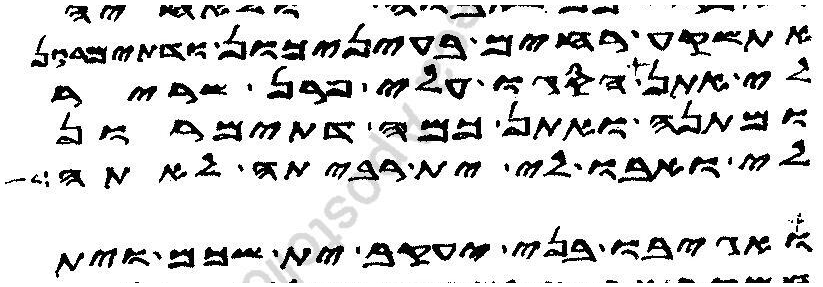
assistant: אתשקע רחים בעיניכון ודתימרון
לי אתן הסגו עלי פרן שריר
ומתנה ואתן כמה דתימרון
לי ואבו לי ית רביתה לאתה
ואגיבו בני יעקב ית שכם וית